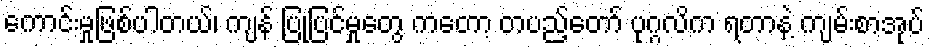
ကောင်းမှုဖြစ်ပါတယ်၊ ကျန် ပြုပြင်မှုတွေ ကတော့ တပည့်တော် ပုဂ္ဂလိက ရတာနဲ့ ကျမ်းစာအုပ်